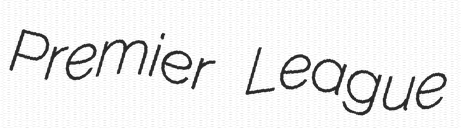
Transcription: Premier League